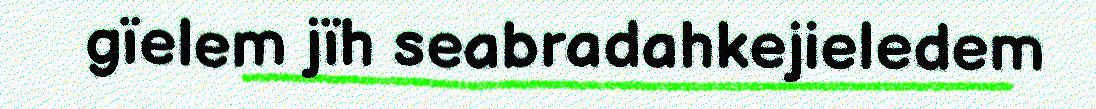
gïelem jïh seabradahkejieledem